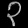
Digit: ၃